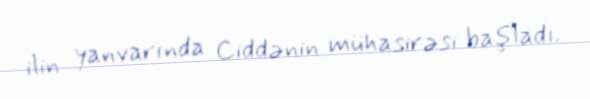
ilin yanvarında Ciddənin mühasirəsi başladı.